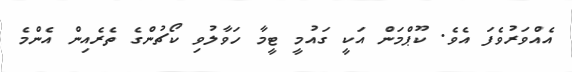
އެއްވަރުވެފަ އެވެ. ކޫޕްމަން އަކީ ގައުމީ ޓީމާ ހަވާލުވި ކޯޗުންގެ ތެރެއިން އެންމެ